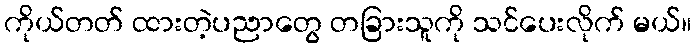
ကိုယ်တတ် ထားတဲ့ပညာတွေ တခြားသူကို သင်ပေးလိုက် မယ်။